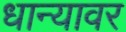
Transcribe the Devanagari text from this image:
धान्यावर